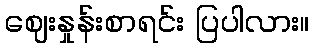
ဈေးနှုန်းစာရင်း ပြပါလား။